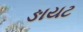
ઙાયટ